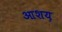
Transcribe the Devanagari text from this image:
आशय़